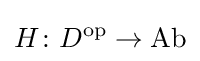
H\colon D^{\text{op}}\to {\text{Ab}}